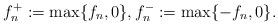
LaTeX: \begin{align*}f_n^+ := \max\{f_n, 0\}, f_n^- := \max\{-f_n, 0\}.\end{align*}